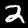
Digit: 2